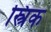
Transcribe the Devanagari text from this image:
स्त्रिक